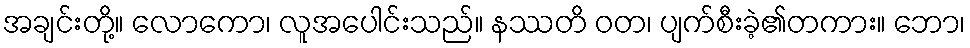
အချင်းတို့။ လောကော၊ လူအပေါင်းသည်။ နဿတိ ဝတ၊ ပျက်စီးခဲ့၏တကား။ ဘော၊